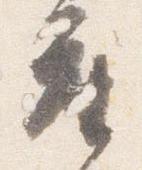
座